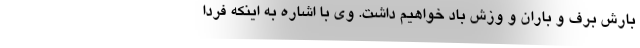
بارش برف و باران و وزش باد خواهیم داشت. وی با اشاره به اینکه فردا